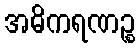
အဓိကရဏဉ္စ